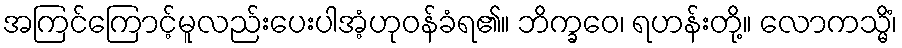
အကြင်ကြောင့်မူလည်းပေးပါအံ့ဟုဝန်ခံရ၏။ ဘိက္ခဝေ၊ ရဟန်းတို့။ လောကသ္မိံ၊